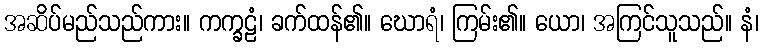
အဆိပ်မည်သည်ကား။ ကက္ခဠံ၊ ခက်ထန်၏။ ဃောရံ၊ ကြမ်း၏။ ယော၊ အကြင်သူသည်။ နံ၊